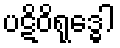
ပဋိဝိရုဒ္ဓေါ